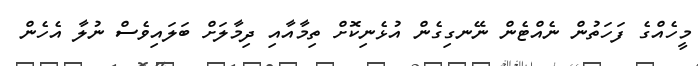
މީހެއްގެ ފަހަތުން ނެއްޓެން ނޭނގިގެން އުޅެނިކޮށް ތިމާއާއި ދިމާލަށް ބަލައިވެސް ނުލާ އެހެން